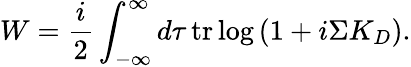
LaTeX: W={\frac{i}{2}}\int_{-\infty}^{\infty}d\tau\, \mathrm{tr}\log\left(1+i\Sigma K_{D}\right).